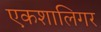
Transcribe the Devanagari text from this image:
एकशालिगर